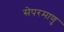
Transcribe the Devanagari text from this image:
सेपरमाणु